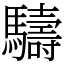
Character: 䮻